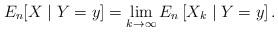
LaTeX: \begin{align*} E_n[X \mid Y=y] = \lim_{k\to \infty} E_n \left[ X_k \mid Y=y \right]. \end{align*}